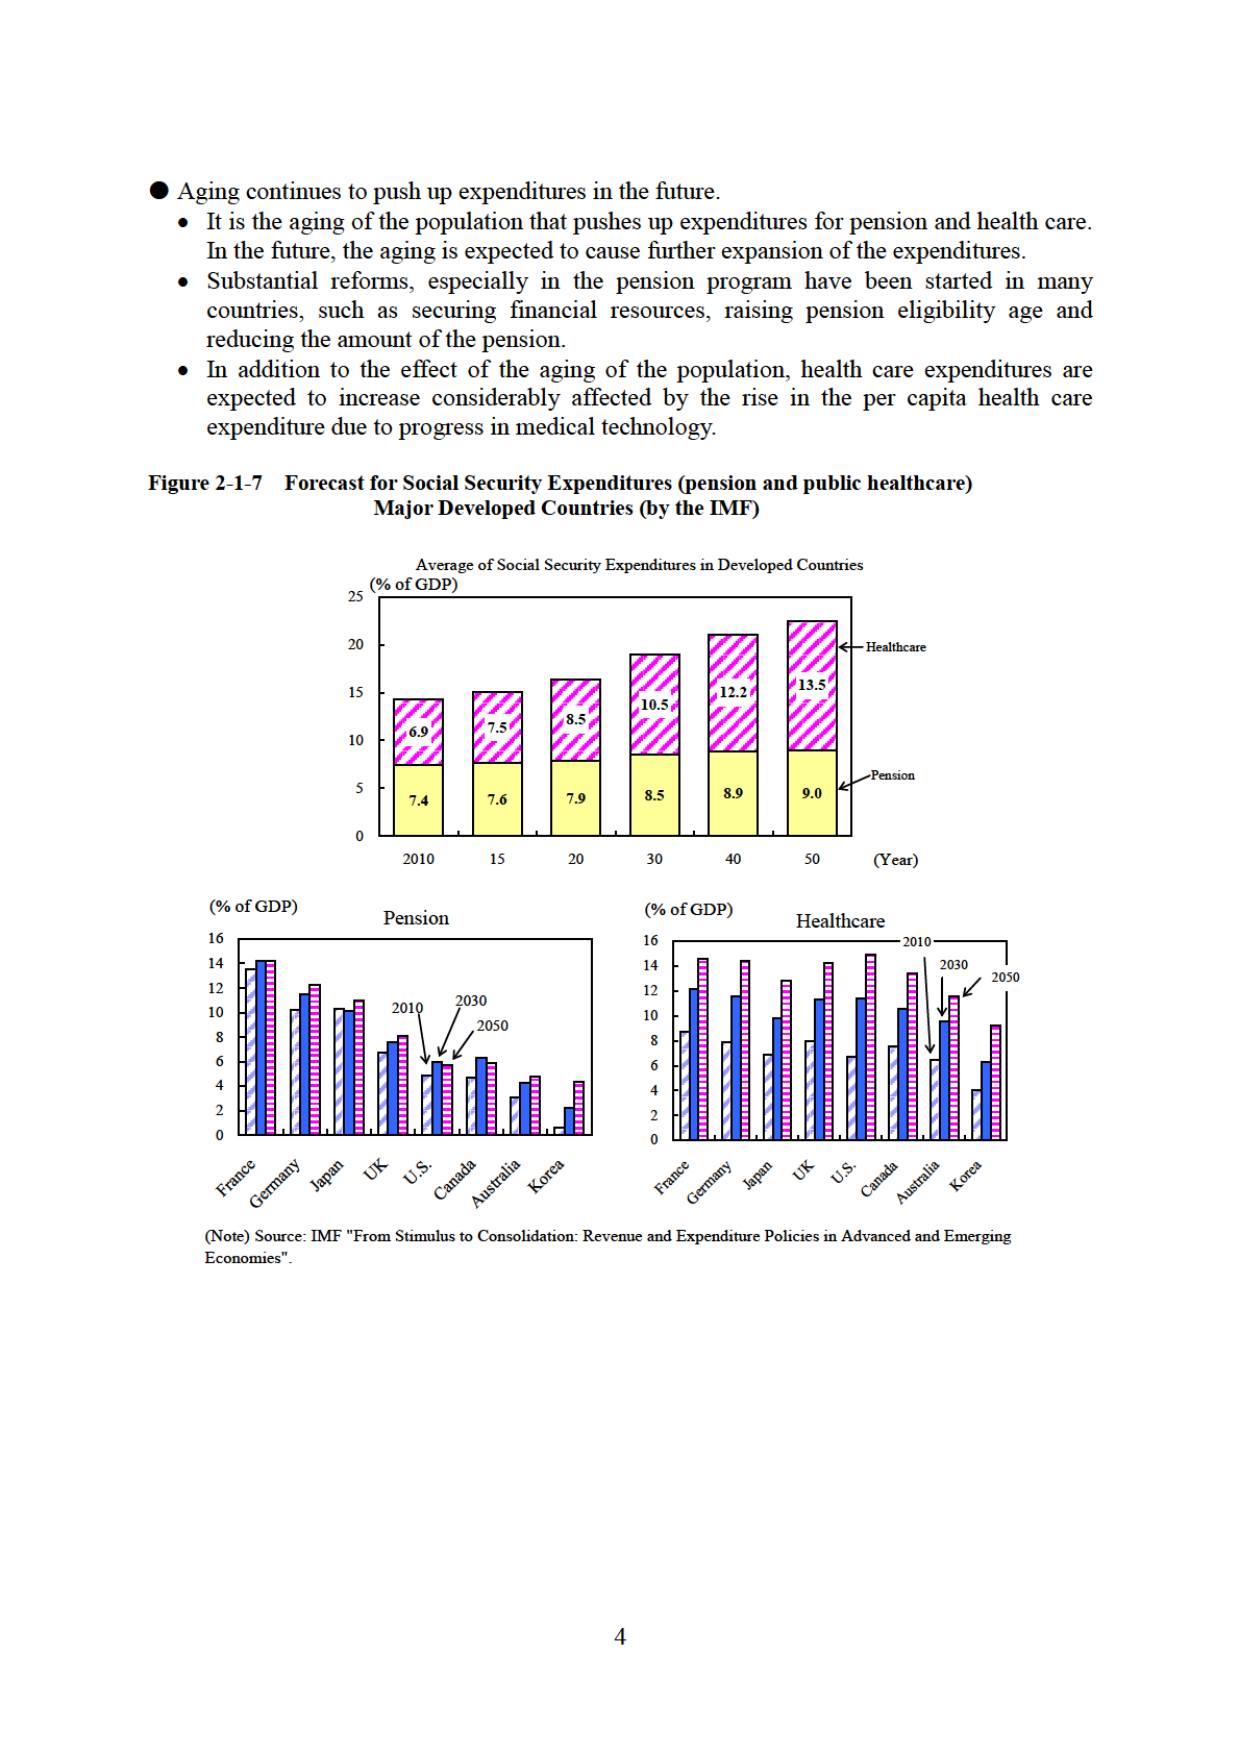
● Aging continues to push up expenditures in the future.
• It is the aging of the population that pushes up expenditures for pension and health care. In the future, the aging is expected to cause further expansion of the expenditures.
• Substantial reforms, especially in the pension program have been started in many countries, such as securing financial resources, raising pension eligibility age and reducing the amount of the pension.
• In addition to the effect of the aging of the population, health care expenditures are expected to increase considerably affected by the rise in the per capita health care expenditure due to progress in medical technology.

Figure 2-1-7 Forecast for Social Security Expenditures (pension and public healthcare)
Major Developed Countries (by the IMF)

Average of Social Security Expenditures in Developed Countries
(% of GDP)
25
20
15
10
5
0
6.9
7.4
7.5
7.6
8.5
7.9
10.5
8.5
12.2
8.9
13.5
9.0
Healthcare
Pension
2010 15 20 30 40 50 (Year)

(% of GDP) Pension
16
14
12
10
8
6
4
2
0
France Germany Japan UK U.S. Canada Australia Korea
2010 2030 2050

(% of GDP) Healthcare
16
14
12
10
8
6
4
2
0
France Germany Japan UK U.S. Canada Australia Korea
2010 2030 2050

(Note) Source: IMF "From Stimulus to Consolidation: Revenue and Expenditure Policies in Advanced and Emerging Economies".

4